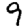
Digit: 9